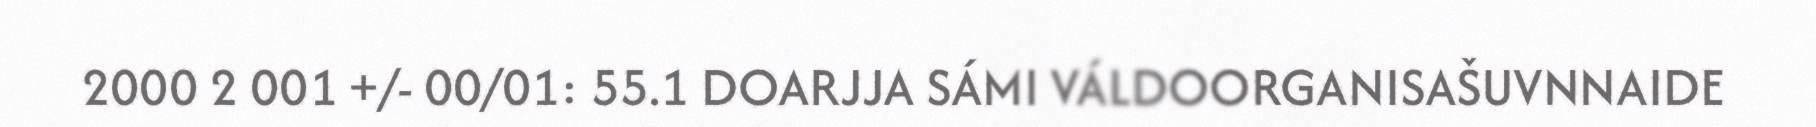
2000 2 001 +/- 00/01: 55.1 DOARJJA SÁMI VÁLDOORGANISAŠUVNNAIDE